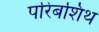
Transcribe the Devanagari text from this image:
परिबशिथ